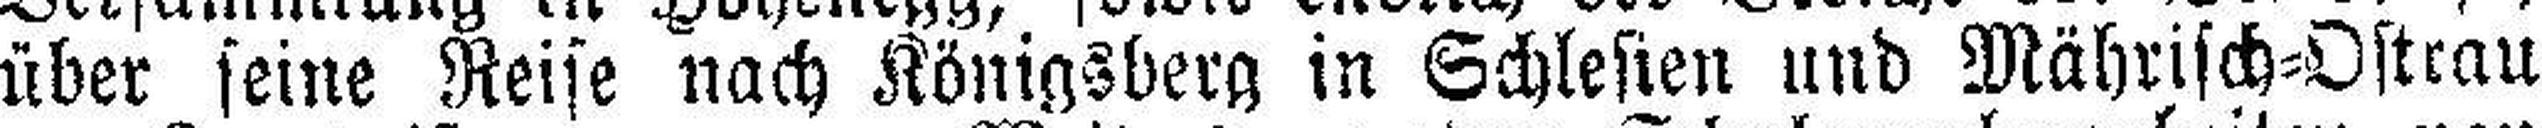
über seine Reise nach Königsberg in Schlesien und Mährisch=Ostrau